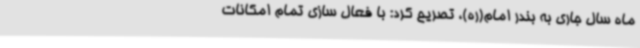
ماه سال جاری به بندر امام(ره)، تصریح کرد: با فعال سازی تمام امکانات